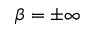
\beta = \pm \infty